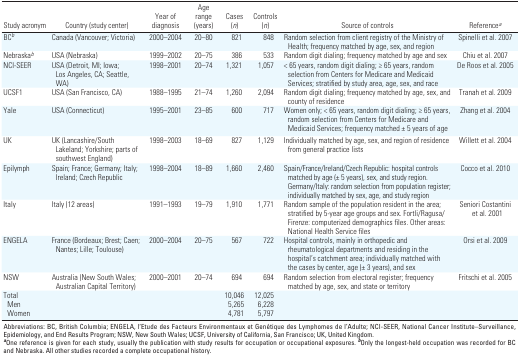
<table><thead><tr><td><b>Study acronym</b></td><td><b>Country (study center)</b></td><td><b>Year of diagnosis</b></td><td><b>Age range (years)</b></td><td><b>Cases (<i>n</i>)</b></td><td><b>Controls (<i>n</i>)</b></td><td><b>Source of controls</b></td><td><b>Reference<sup><i>a</i></sup></b></td></tr></thead><tbody><tr><td><b>BC<sup><i>b</i></sup></b></td><td>Canada (Vancouver; Victoria)</td><td>2000–2004</td><td>20–80</td><td>821</td><td>848</td><td>Random selection from client registry of the Ministry of Health; frequency matched by age, sex, and region</td><td>Spinelli et al. 2007</td></tr><tr><td><b>Nebraska<sup><i>b</i></sup></b></td><td>USA (Nebraska)</td><td>1999–2002</td><td>20–75</td><td>386</td><td>533</td><td>Random digit dialing; frequency matched by age and sex</td><td>Chiu et al. 2007</td></tr><tr><td><b>NCI-SEER</b></td><td>USA (Detroit, MI; Iowa; Los Angeles, CA; Seattle, WA)</td><td>1998–2001</td><td>20–74 </td><td>1,321</td><td>1,057</td><td>&lt; 65 years, random digit dialing; ≥ 65 years, random selection from Centers for Medicare and Medicaid Services; stratified by study area, age, sex, and race</td><td>De Roos et al. 2005</td></tr><tr><td><b>UCSF1</b></td><td>USA (San Francisco, CA)</td><td>1988–1995</td><td>21–74</td><td>1,260</td><td>2,094</td><td>Random digit dialing; frequency matched by age, sex, and county of residence</td><td>Tranah et al. 2009</td></tr><tr><td><b>Yale</b></td><td>USA (Connecticut)</td><td>1995–2001</td><td>23–85</td><td>600</td><td>717</td><td>Women only; &lt; 65 years, random digit dialing; ≥ 65 years, random selection from Centers for Medicare and Medicaid Services; frequency matched ± 5 years of age </td><td>Zhang et al. 2004</td></tr><tr><td><b>UK</b></td><td>UK (Lancashire/South Lakeland; Yorkshire; parts of southwest England)</td><td>1998–2003</td><td>18–69</td><td>827</td><td>1,129</td><td>Individually matched by age, sex, and region of residence from general practice lists</td><td>Willett et al. 2004</td></tr><tr><td><b>Epilymph</b></td><td>Spain; France; Germany; Italy; Ireland; Czech Republic</td><td>1998–2004</td><td>18–89</td><td>1,660</td><td>2,460</td><td>Spain/France/Ireland/Czech Republic: hospital controls matched by age (± 5 years), sex, and study region. Germany/Italy: random selection from population register; individually matched by sex, age, and study region</td><td>Cocco et al. 2010</td></tr><tr><td><b>Italy</b></td><td>Italy (12 areas)</td><td>1991–1993</td><td>19–79</td><td>1,910</td><td>1,771</td><td>Random sample of the population resident in the area; stratified by 5-year age groups and sex. Fortli/Ragusa/Firenze: computerized demographics files. Other areas: National Health Service files</td><td>Seniori Costantini et al. 2001</td></tr><tr><td><b>ENGELA</b></td><td>France (Bordeaux; Brest; Caen; Nantes; Lille; Toulouse)</td><td>2000–2004</td><td>20–75</td><td>567</td><td>722</td><td>Hospital controls, mainly in orthopedic and rheumatological departments and residing in the hospital’s catchment area; individually matched with the cases by center, age (± 3 years), and sex</td><td>Orsi et al. 2009</td></tr><tr><td><b>NSW</b></td><td>Australia (New South Wales; Australian Capital Territory)</td><td>2000–2001</td><td>20–74</td><td>694</td><td>694</td><td>Random selection from electoral register; frequency matched by age, sex, and state or territory</td><td>Fritschi et al. 2005</td></tr><tr><td><b>Total</b></td><td></td><td></td><td></td><td>10,046</td><td>12,025</td></tr><tr><td><b>Men</b></td><td></td><td></td><td></td><td>5,265</td><td>6,228</td></tr><tr><td><b>Women</b></td><td></td><td></td><td></td><td>4,781</td><td>5,797</td></tr><tr><td colspan="8">Abbreviations: BC, British Columbia; ENGELA, l‘Etude des Facteurs Environmentaux et Genétique des Lymphomes de l’Adulte; NCI-SEER, National Cancer Institute–Surveillance, Epidemiology, and End Results Program; NSW, New South Wales; UCSF, University of California, San Francisco; UK, United Kingdom. <sup><i><b>a</b></i></sup>One reference is given for each study, usually the publication with study results for occupation or occupational exposures. <sup><i><b>b</b></i></sup>Only the longest-held occupation was recorded for BC and Nebraska. All other studies recorded a complete occupational history. </td></tr></tbody></table>